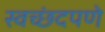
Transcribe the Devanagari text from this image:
स्वच्छंदपणे